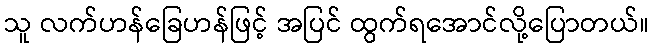
သူ လက်ဟန်ခြေဟန်ဖြင့် အပြင် ထွက်ရအောင်လို့ပြောတယ်။